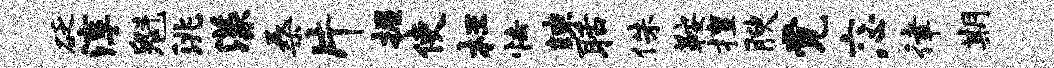
砭淳魁洮漾桑片握使枉怯竦聒侏鞍擅腴觉六心律期